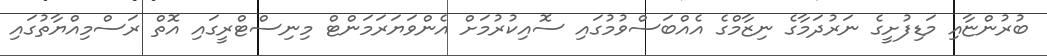
ބުރުންޏާއި މަޑިފުށީގެ ނަރުދަމާގެ ނިޒާމްގެ އެއްބަސްވުމުގައި ސޮއިކުރުމަށް އެންވަޔަރަމަންޓް މިނިސްޓްރީގައި އޮތް ރަސްމިއްޔާތުގައި